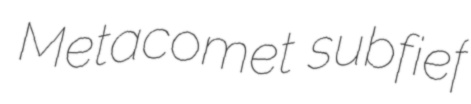
Metacomet subfief